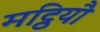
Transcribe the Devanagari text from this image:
मट्ठियौ